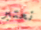
نعتبر